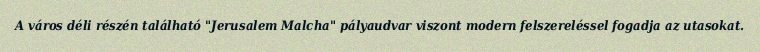
A város déli részén található "Jerusalem Malcha" pályaudvar viszont modern felszereléssel fogadja az utasokat.